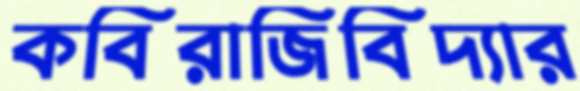
কবিরাজিবিদ্যার